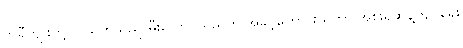
ဘရီကျူးတို့ လူသိုက်သည် မီးလောင်သည်ကို အခွင့်ကောင်းယူကာ အစိုးရဆန့်ကျင်ရေး